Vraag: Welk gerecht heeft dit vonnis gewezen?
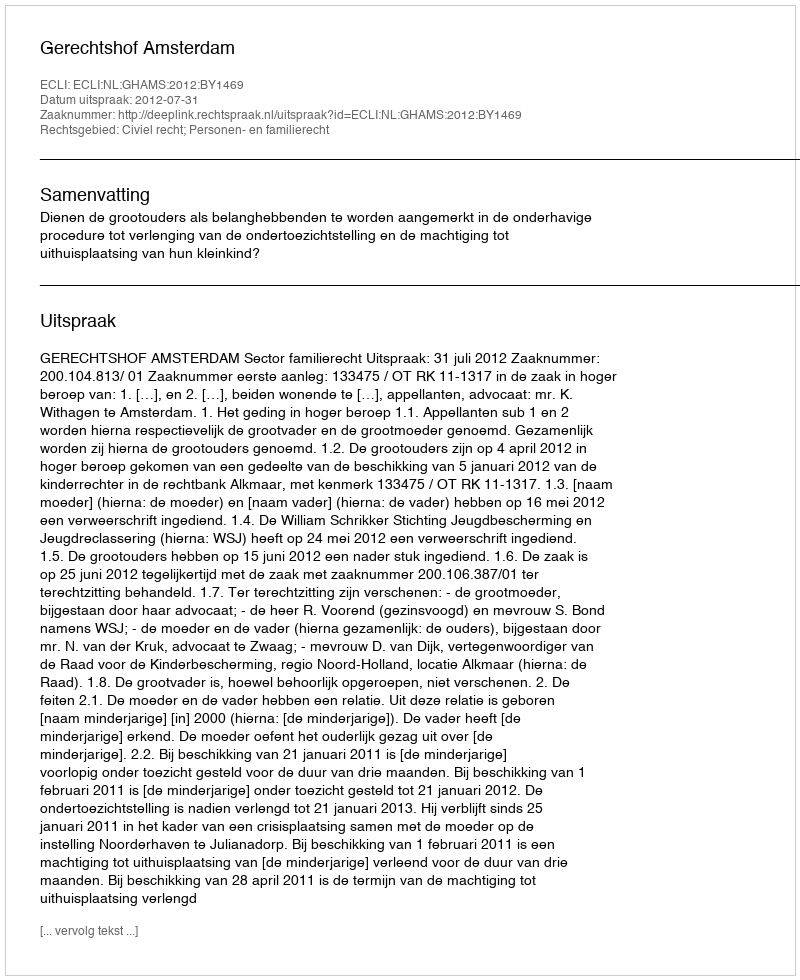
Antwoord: Gerechtshof Amsterdam